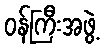
ဝန်ကြီးအဖွဲ့